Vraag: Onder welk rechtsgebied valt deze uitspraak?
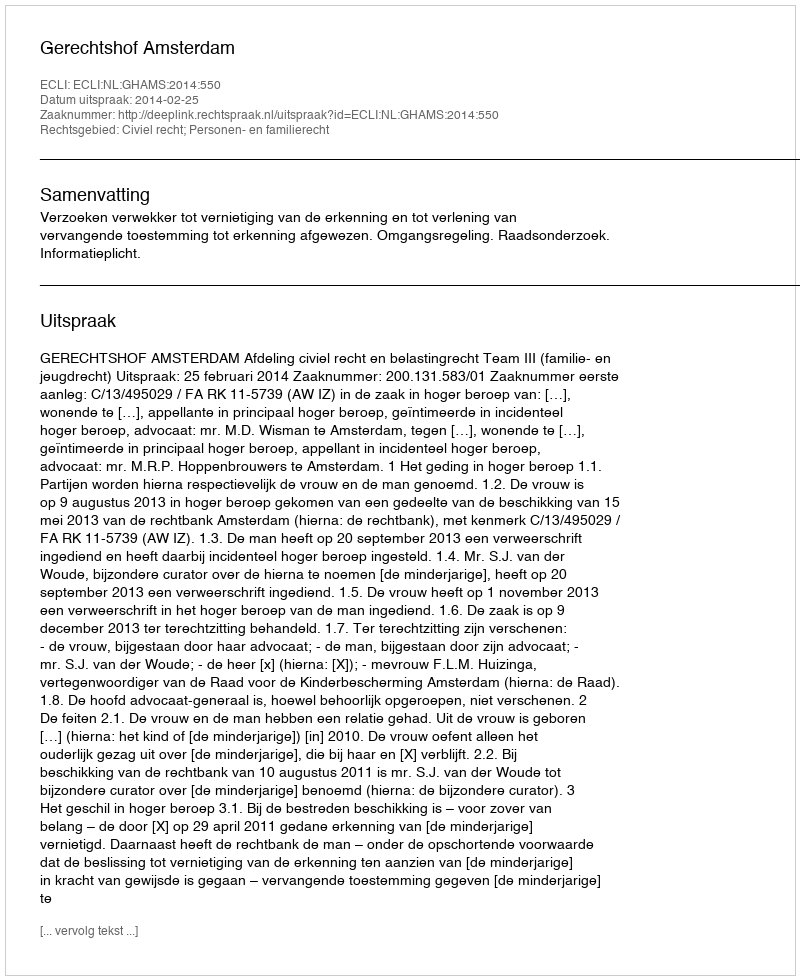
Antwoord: Civiel recht; Personen- en familierecht